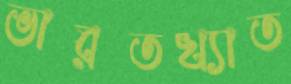
ভারতখ্যাত